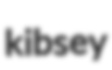
kibsey